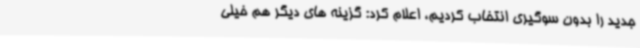
جدید را بدون سوگیری انتخاب کردیم، اعلام کرد: گزینه های دیگر هم خیلی